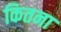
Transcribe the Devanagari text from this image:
कितना